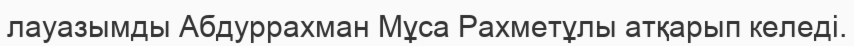
лауазымды Абдуррахман Мұса Рахметұлы атқарып келеді.